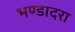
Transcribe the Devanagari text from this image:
भण्डादरा